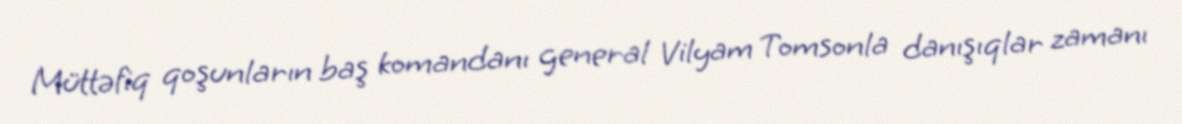
Müttəfiq qoşunların baş komandanı general Vilyam Tomsonla danışıqlar zamanı